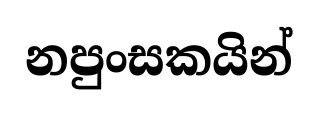
නපුංසකයින්